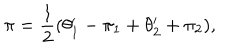
\pi = { \frac { 1 } { 2 } } ( \theta _ { 1 } ^ { \prime } - \pi _ { 1 } + \theta _ { 2 } ^ { \prime } + \pi _ { 2 } ) ,